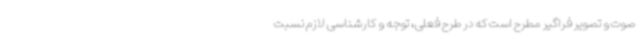
صوت و تصویر فراگیر مطرح است که در طرح فعلی، توجه و کارشناسی لازم نسبت